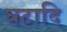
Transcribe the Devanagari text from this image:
घटादि